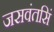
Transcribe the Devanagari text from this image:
जसवंतसिं